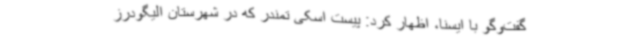
گفت‌وگو با ایسنا، اظهار کرد: پیست اسکی تمندر که در شهرستان الیگودرز